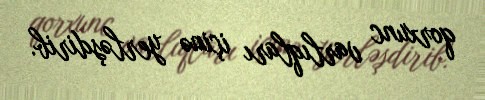
qorxunc varlıqları içinə yerləşdirib.